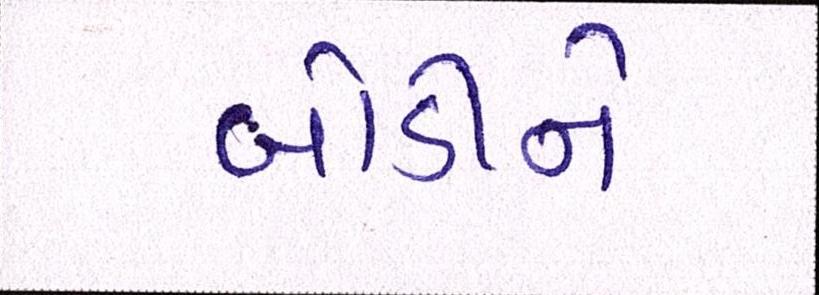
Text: બોડીને